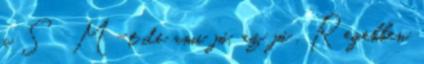
a S M-t de ami jó, az jó . Regebben